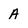
Character: A